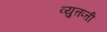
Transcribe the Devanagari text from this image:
व्युत्तप्त्ती